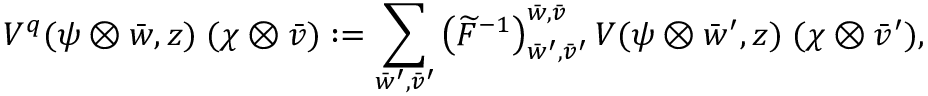
V ^ { q } ( \psi \otimes \bar { w } , z ) \; ( \chi \otimes \bar { v } ) : = \sum _ { \bar { w } ^ { \prime } , \bar { v } ^ { \prime } } \left( \widetilde { F } ^ { - 1 } \right) _ { \bar { w } ^ { \prime } , \bar { v } ^ { \prime } } ^ { \bar { w } , \bar { v } } V ( \psi \otimes \bar { w } ^ { \prime } , z ) \; ( \chi \otimes \bar { v } ^ { \prime } ) ,